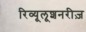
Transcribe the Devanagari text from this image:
रिव्यूलूशनरीज़